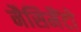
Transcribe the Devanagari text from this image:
नैसिमैंटो